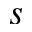
s